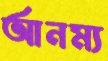
আনম্য